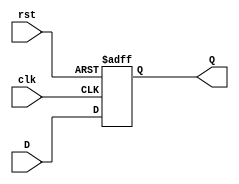
module stage_register #(
    parameter DATA_WIDTH = 8  // Parameter to define the width of the data
)(
    input wire clk,            // Clock input
    input wire rst,            // Reset input
    input wire [DATA_WIDTH-1:0] D, // Data input
    output reg [DATA_WIDTH-1:0] Q  // Data output
);

// Asynchronous reset
always @(posedge clk or posedge rst) begin
    if (rst) begin
        Q <= {DATA_WIDTH{1'b0}}; // Reset output to 0
    end else begin
        Q <= D; // Capture input data on clock edge
    end
end

endmodule